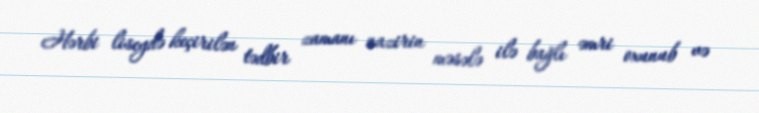
Hərbi liseydə keçirilən tədbir zamanı nazirin məsələ ilə bağlı əmri oxunub və